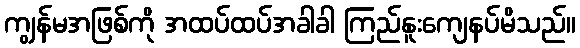
ကျွန်မအဖြစ်ကို အထပ်ထပ်အခါခါ ကြည်နူးကျေနပ်မိသည်။